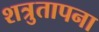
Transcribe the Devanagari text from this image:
शत्रुतापना